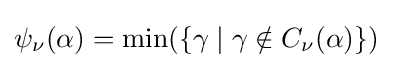
\psi _{\nu }(\alpha )=\min(\{\gamma \mid \gamma \notin C_{\nu }(\alpha )\})